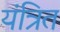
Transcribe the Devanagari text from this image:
यंत्रित